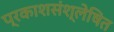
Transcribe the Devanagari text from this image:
प्रकाशसंश्लेषित